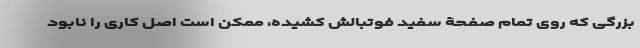
بزرگی که روی تمام صفحۀ سفید فوتبالش کشیده، ممکن است اصل کاری را نابود